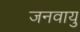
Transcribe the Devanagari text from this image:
जनवायु